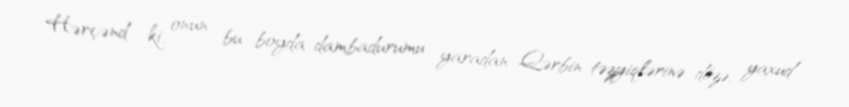
Hərçənd ki, onun bu boyda dambadurumu yaradan Qərbin təzyiqlərinə dözə, yaxud